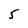
Character: 5